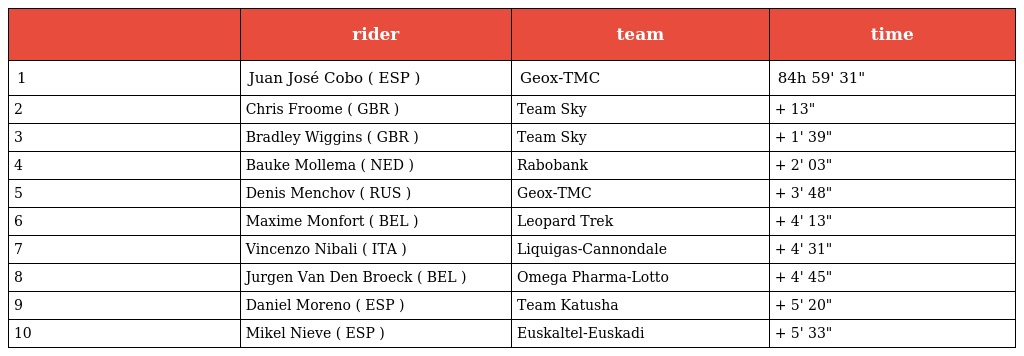
|  | rider | team | time |
 | --- | --- | --- | --- |
 | 1 | Juan José Cobo ( ESP ) | Geox-TMC | 84h 59' 31" |
 | 2 | Chris Froome ( GBR ) | Team Sky | + 13" |
 | 3 | Bradley Wiggins ( GBR ) | Team Sky | + 1' 39" |
 | 4 | Bauke Mollema ( NED ) | Rabobank | + 2' 03" |
 | 5 | Denis Menchov ( RUS ) | Geox-TMC | + 3' 48" |
 | 6 | Maxime Monfort ( BEL ) | Leopard Trek | + 4' 13" |
 | 7 | Vincenzo Nibali ( ITA ) | Liquigas-Cannondale | + 4' 31" |
 | 8 | Jurgen Van Den Broeck ( BEL ) | Omega Pharma-Lotto | + 4' 45" |
 | 9 | Daniel Moreno ( ESP ) | Team Katusha | + 5' 20" |
 | 10 | Mikel Nieve ( ESP ) | Euskaltel-Euskadi | + 5' 33" |